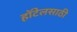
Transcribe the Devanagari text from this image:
हॉटेलसाठी